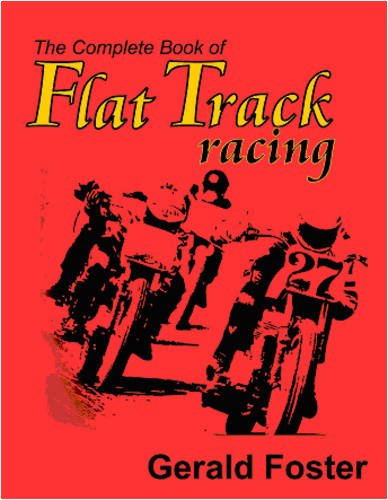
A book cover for The Complete Book Of Flat Track Racing: A Retrospective of the Golden Era into the Seventies; Gerald Foster; Sports & Outdoors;